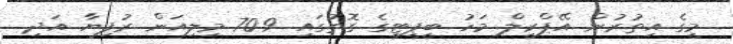
މީގެ އިތުރުން އޭޕްރީލް މަހު ބީޕީޓީގެ ގޮތުގައި 70.9 މިލިއަން ރުފިޔާ އަދި